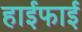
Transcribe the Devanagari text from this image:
हाईफाई